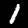
Digit: 1